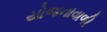
યોજનાવાળી